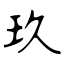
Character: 玖